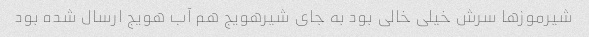
شیرموزها سرش خیلی خالی بود به جای شیرهویج هم آب هویج ارسال شده بود